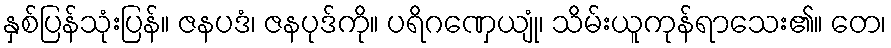
နှစ်ပြန်သုံးပြန်။ ဇနပဒံ၊ ဇနပုဒ်ကို။ ပရိဂဏှေယျုံ၊ သိမ်းယူကုန်ရာသေး၏။ တေ၊